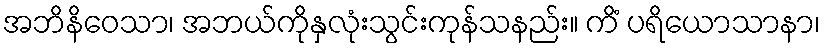
အဘိနိဝေသာ၊ အဘယ်ကိုနှလုံးသွင်းကုန်သနည်း။ ကိံ ပရိယောသာနာ၊